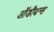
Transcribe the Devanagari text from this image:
ऑडीयन्स